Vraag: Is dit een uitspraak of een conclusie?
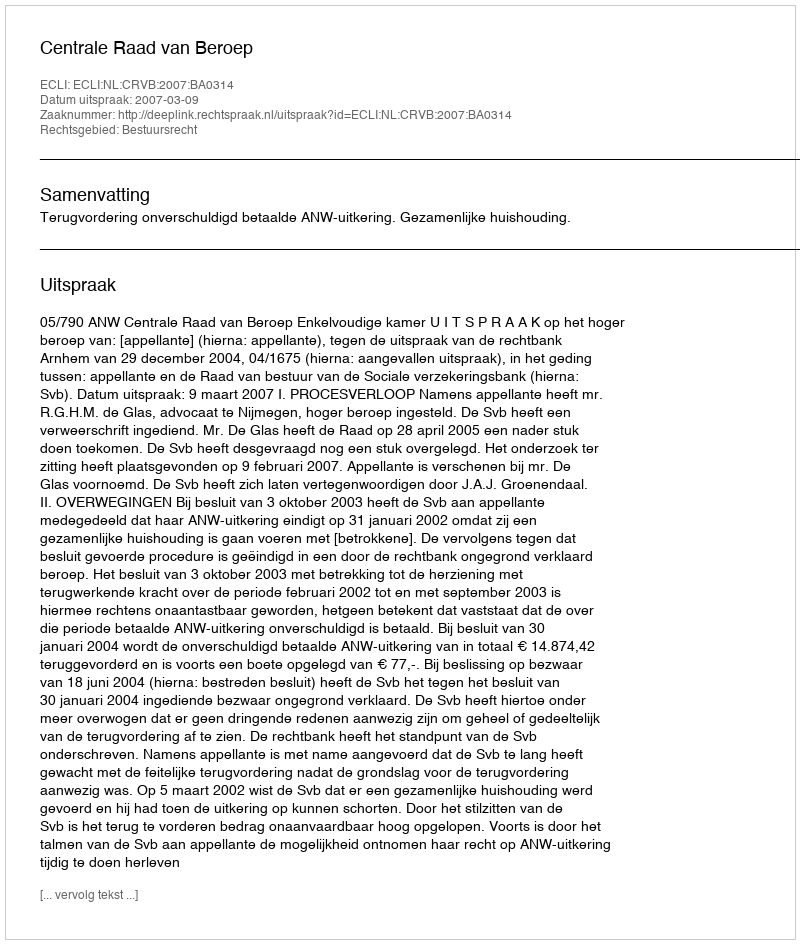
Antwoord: Uitspraak